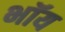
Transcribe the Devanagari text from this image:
भॉय